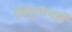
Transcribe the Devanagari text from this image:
विश्वनाथही